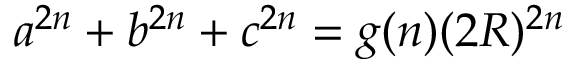
a ^ { 2 n } + b ^ { 2 n } + c ^ { 2 n } = g ( n ) ( 2 R ) ^ { 2 n }